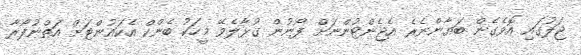
ޖަލުގައި އޮވެގެން ބަޔާންނެރެ އެޖެންޓުންނަށް ފޯނުން ގުޅާލެވޭ މީހަކު ބެންކް އެކައުންޓަށް އަތްނުފޯރާ